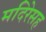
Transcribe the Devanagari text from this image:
मदिरेसह